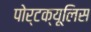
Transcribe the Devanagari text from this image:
पोर्टक्यूलिस